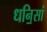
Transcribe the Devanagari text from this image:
धनि॒सां